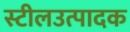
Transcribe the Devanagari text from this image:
स्टीलउत्पादक